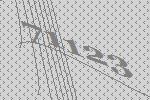
71123